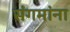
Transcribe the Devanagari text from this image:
संगमांना